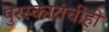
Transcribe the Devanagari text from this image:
पुरस्कारांचीही